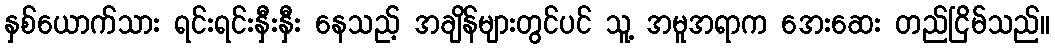
နှစ်ယောက်သား ရင်းရင်းနှီးနှီး နေသည့် အချိန်များတွင်ပင် သူ့ အမူအရာက အေးဆေး တည်ငြိမ်သည်။